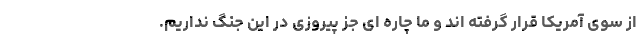
از سوی آمریکا قرار گرفته اند و ما چاره ای جز پیروزی در این جنگ نداریم.